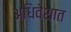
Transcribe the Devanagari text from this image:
अधिवेशात